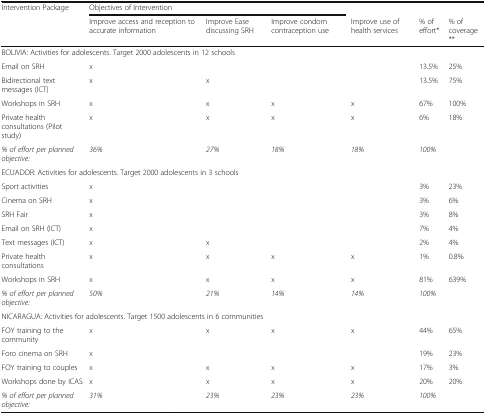
| <ROWSPAN=2> Intervention Package | <COLSPAN=3> Objectives of Intervention |  |  |  |
 | Improve access and reception to accurate information | Improve Ease discussing SRH | Improve condom contraception use | Improve use of health services | % of effort* | % of coverage ** |
 | --- | --- | --- | --- | --- | --- | --- |
 | <COLSPAN=4> BOLIVIA: Activities for adolescents. Target 2000 adolescents in 12 schools |  |  |  |
 | Email on SRH | x |  |  |  | 13.5% | 25% |
 | Bidirectional text messages (ICT) | x | x |  |  | 13.5% | 75% |
 | Workshops in SRH | x | x | x | x | 67% | 100% |
 | Private health consultations (Pilot study) | x | x | x | x | 6% | 18% |
 | % of effort per planned objective: | 36% | 27% | 18% | 18% | 100% |  |
 | <COLSPAN=4> ECUADOR: Activities for adolescents. Target 2000 adolescents in 3 schools |  |  |  |
 | Sport activities | x |  |  |  | 3% | 23% |
 | Cinema on SRH | x |  |  |  | 3% | 6% |
 | SRH Fair | x |  |  |  | 3% | 8% |
 | Email on SRH (ICT) | x |  |  |  | 7% | 4% |
 | Text messages (ICT) | x | x |  |  | 2% | 4% |
 | Private health consultations | x | x | x | x | 1% | 0.8% |
 | Workshops in SRH | x | x | x | x | 81% | 639% |
 | % of effort per planned objective: | 50% | 21% | 14% | 14% | 100% |  |
 | <COLSPAN=4> NICARAGUA: Activities for adolescents. Target 1500 adolescents in 6 communities |  |  |  |
 | FOY training to the community | x | x | x | x | 44% | 65% |
 | Foro cinema on SRH | x |  |  |  | 19% | 23% |
 | FOY training to couples | x | x | x | x | 17% | 3% |
 | Workshops done by ICAS | x | x | x | x | 20% | 20% |
 | % of effort per planned objective: | 31% | 23% | 23% | 23% | 100% |  |